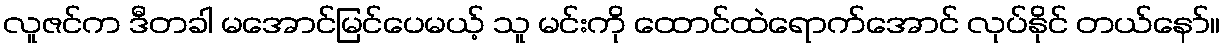
လူဇင်က ဒီတခါ မအောင်မြင်ပေမယ့် သူ မင်းကို ထောင်ထဲရောက်အောင် လုပ်နိုင် တယ်နော်။